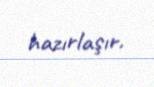
hazırlaşır.